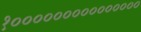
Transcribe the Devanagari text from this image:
१०००००००००००००००